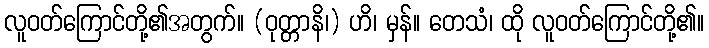
လူဝတ်ကြောင်တို့၏အတွက်။ (ဝုတ္တာနိ၊) ဟိ၊ မှန်။ တေသံ၊ ထို လူဝတ်ကြောင်တို့၏။